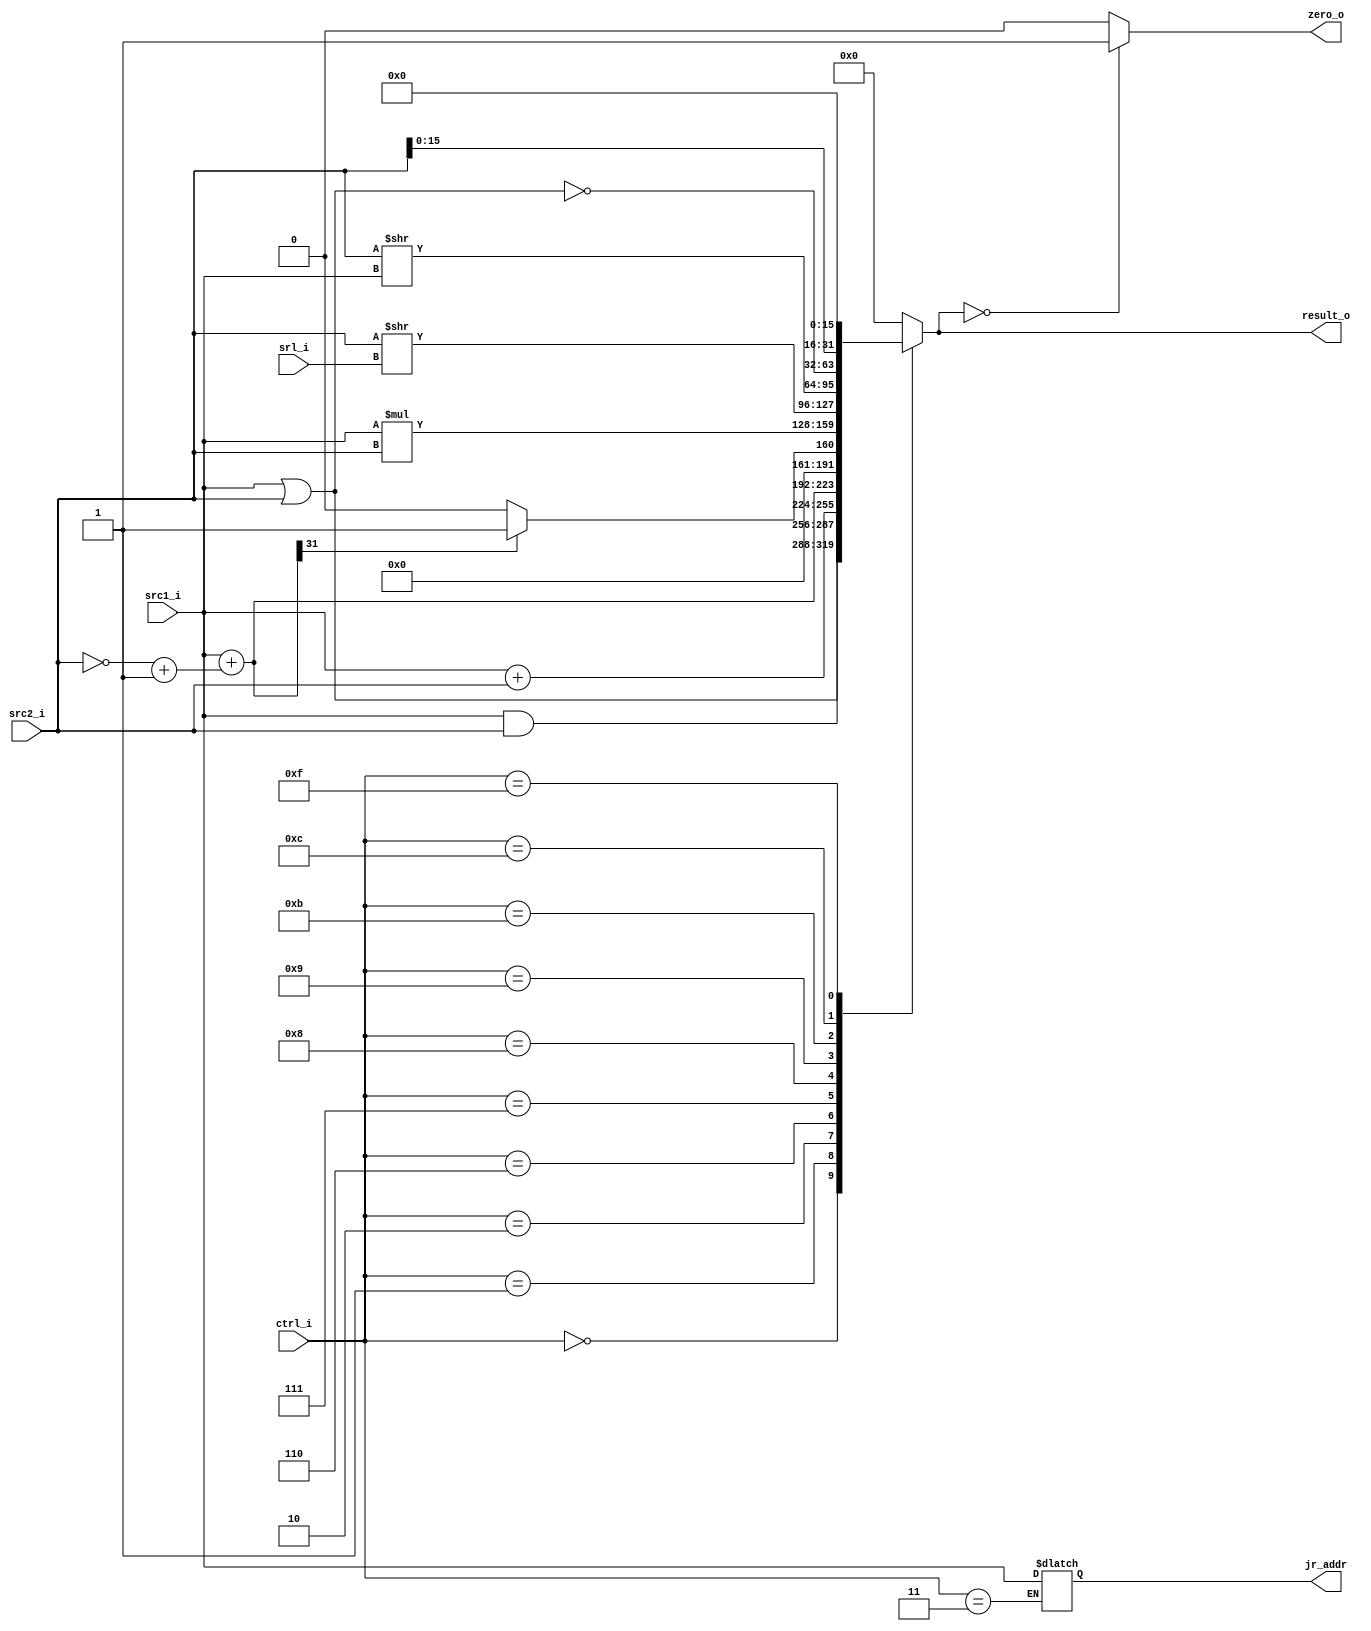
//Subject:     CO project 2 - ALU
//--------------------------------------------------------------------------------
//Version:     1
//--------------------------------------------------------------------------------
//Writer:      0316056_g 0316038_@
//----------------------------------------------
//Date:        
//----------------------------------------------
//Description: 
//--------------------------------------------------------------------------------

module ALU(
   src1_i,
	src2_i,
	ctrl_i,
	srl_i,
	result_o,
	zero_o,
	jr_addr
	);
     
//I/O ports
input  [32-1:0]  src1_i;
input  [32-1:0]	 src2_i;
input  [4-1:0]   ctrl_i;
input  [5-1:0]   srl_i;
output [32-1:0]	 result_o;
output           zero_o;
output [32-1:0]  jr_addr;
//Internal signals
reg    [32-1:0]  result_o;
reg    [32-1:0]  srl_tmp;
reg     [32-1:0]  jr_addr;
integer          x;
wire             zero_o;
wire   [32-1:0]  src2_complement;
wire   [32-1:0]  and_w, or_w, add_w, sub_w, slt_w, beq_w, srl_w, srlv_w, lui_w, mult_w;

integer i;
//Parameter
assign zero_o = (result_o==0)?1:0;
assign src2_complement = ~(src2_i) + 1;
assign and_w = src1_i & src2_i;
assign or_w  = src1_i | src2_i;
assign add_w = src1_i + src2_i;
assign sub_w = src1_i + src2_complement;
assign slt_w = (sub_w[31]==1'b1)? 32'b1 :32'b0;
assign beq_w = ~(src1_i | src2_i);
assign srl_w = srl_tmp;
assign srlv_w = src2_i>>src1_i;
assign lui_w = src2_i<<16;
assign mult_w = src1_i * src2_i;
//Main function
always @(*) begin
   case(ctrl_i)
	   4'b0000: result_o <= and_w; //AND
		4'b0001: result_o <= or_w;  //OR
		4'b0010: result_o <= add_w; //ADD
		4'b0110: result_o <= sub_w; //SUBTRACT
		4'b0111: result_o <= slt_w; //SLT
		4'b1000: result_o <= mult_w; //MULT
		4'b1001: result_o <= src2_i>>srl_i; //SRL
		4'b1011: result_o <= srlv_w; //SRLV
		4'b1100: result_o <= beq_w; //NOR
		4'b1111: result_o <= {src2_i[15:0],16'b0}; //LUI
		
		default: result_o <= 32'b0;
	endcase
end
always@(*)  begin
	if(ctrl_i==4'b0011)begin  //Jr
		jr_addr <= src1_i;
end 
end
endmodule